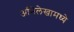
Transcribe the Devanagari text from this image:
अभिलेखामध्ये